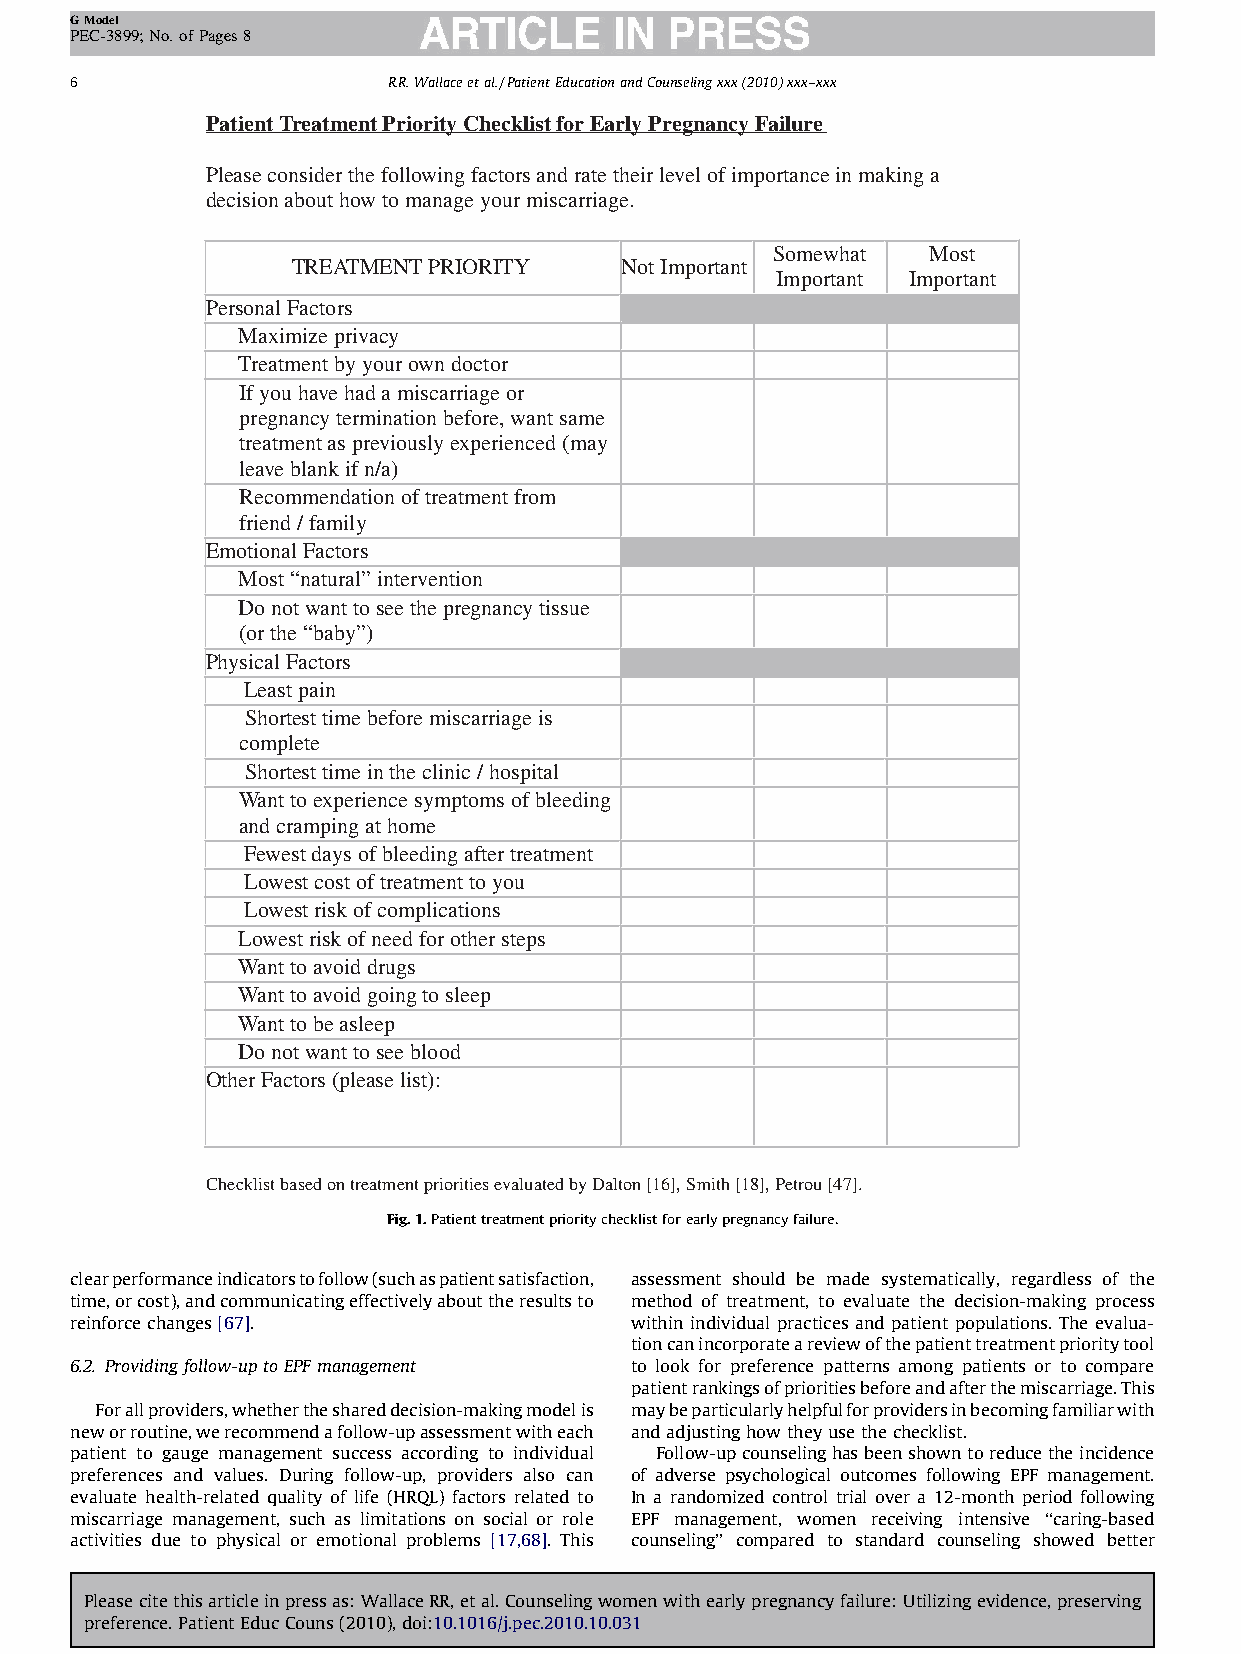
GModel
 PEC-3899;No.ofPages8
 6                    R.R.Wallaceetal./PatientEducationandCounselingxxx(2010)xxx–xxx
 Patient Treatment Priority Checklist for Early Pregnancy Failure
 Please consider the following factors and rate their level of importance in making a
 decision about how to manage your miscarriage.
 Somewhat  Most
 TREATMENT PRIORITY    Not Important
 Important Important
 Personal Factors
 Maximize privacy
 Treatment by your own doctor
 If you have had a miscarriage or
 pregnancy termination before, want same
 treatment as previously experienced (may
 leave blank if n/a)
 Recommendation of treatment from
 friend / family
 Emotional Factors
 Most “natural” intervention
 Do not want to see the pregnancy tissue
 (or the “baby”)
 Physical Factors
 Least pain
 Shortest time before miscarriage is
 complete
 Shortest time in the clinic / hospital
 Want to experience symptoms of bleeding
 and cramping at home
 Fewest days of bleeding after treatment
 Lowest cost of treatment to you
 Lowest risk of complications
 Lowest risk of need for other steps
 Want to avoid drugs
 Want to avoid going to sleep
 Want to be asleep
 Do not want to see blood
 Other Factors (please list):
 Checklist based on treatment priorities evaluated by Dalton [16], Smith [18], Petrou [47].
 Fig.1.Patienttreatmentprioritychecklistforearlypregnancyfailure.
 clearperformanceindicatorstofollow(suchaspatientsatisfaction, assessment should be made systematically, regardless of the
 time,orcost),andcommunicatingeffectivelyabouttheresultsto method of treatment, to evaluate the decision-making process
 reinforcechanges[67].                within individual practices and patient populations. The evalua-
 tioncanincorporateareviewofthepatienttreatmentprioritytool
 6.2. Providingfollow-uptoEPFmanagement to look for preference patterns among patients or to compare
 patientrankingsofprioritiesbeforeandafterthemiscarriage.This
 Forallproviders,whethertheshareddecision-makingmodelis maybeparticularlyhelpfulforprovidersinbecomingfamiliarwith
 neworroutine,werecommendafollow-upassessmentwitheach andadjustinghowtheyusethechecklist.
 patient to gauge management success according to individual Follow-upcounselinghasbeenshowntoreducetheincidence
 preferences and values. During follow-up, providers also can of adverse psychological outcomes following EPF management.
 evaluate health-related quality of life (HRQL) factors related to In a randomized control trial over a 12-month period following
 miscarriage management, such as limitations on social or role EPF management, women receiving intensive ‘‘caring-based
 activities due to physical or emotional problems [17,68]. This counseling’’ compared to standard counseling showed better
 Pleasecitethisarticleinpressas:WallaceRR,etal.Counselingwomenwithearlypregnancyfailure:Utilizingevidence,preserving
 preference.PatientEducCouns(2010),doi:10.1016/j.pec.2010.10.031